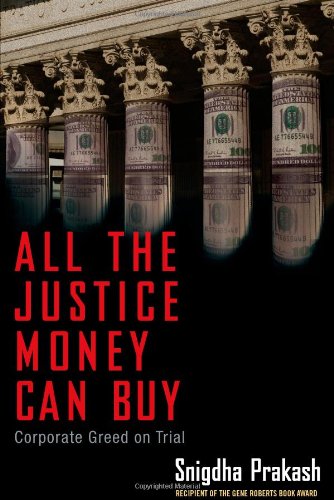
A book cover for All the Justice Money Can Buy: Corporate Greed on Trial; Snigdha Prakash; Business & Money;